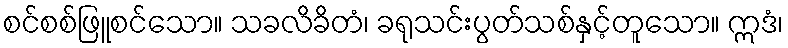
စင်စစ်ဖြူစင်သော။ သခလိခိတံ၊ ခရုသင်းပွတ်သစ်နှင့်တူသော။ ဣဒံ၊